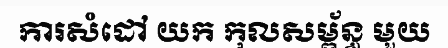
ការសំដៅ យក កុលសម្ព័ន្ធ មួយ